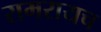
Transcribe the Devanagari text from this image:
रामरायच